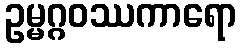
ဥမ္မဂ္ဂဝဿကာရော